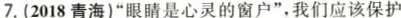
7.（2018青海）”眼睛是心灵的窗户”，我们应该保护